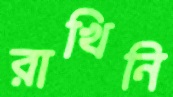
রাখিনি